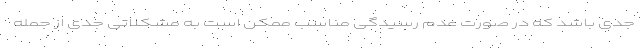
جدی باشد که در صورت عدم رسیدگی مناسب ممکن است به مشکلاتی جدی از جمله